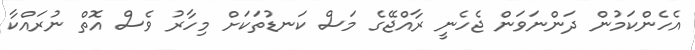
އެހެންކަމުން ދަންނަވަން ޖެހެނީ ރާއްޖޭގެ މަސް ކަނޑުތަކަށް މިހާރު ވެސް އޮތް ނުރައްކާ